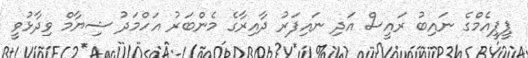
ޕީޕީއެމްގެ ނައިބު ރައީސް އަދި ނައިފަރު ދާއިރާގެ މެންބަރު އަހްމަދު ޝިޔާމް ވިދާޅުވީ